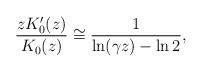
LaTeX: \begin{align*}\frac{zK_0'(z)}{K_0(z)} \cong \frac{1}{\ln(\gamma z) - \ln2 },\end{align*}